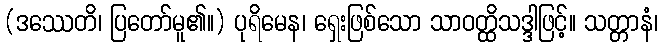
(ဒဿေတိ၊ ပြတော်မူ၏။) ပုရိမေန၊ ရှေးဖြစ်သော သာဝတ္ထိသဒ္ဒါဖြင့်။ သတ္တာနံ၊